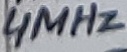
Text: 4MHz